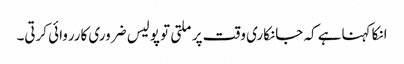
انکا کہناہے کہ جانکاری وقت پر ملتی تو پولیس ضروری کارروائی کرتی۔